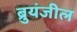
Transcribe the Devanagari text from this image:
ब्रुयंजील